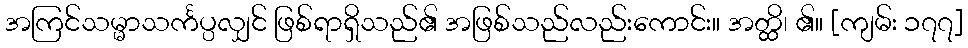
အကြင်သမ္မာသင်္ကပ္ပလျှင် ဖြစ်ရာရှိသည်၏ အဖြစ်သည်လည်းကောင်း။ အတ္ထိ၊ ၏။ [ကျမ်း ၁၇၇]